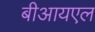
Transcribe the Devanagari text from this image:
बीआयएल